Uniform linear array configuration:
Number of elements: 24
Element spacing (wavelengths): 0.5
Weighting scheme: binomial
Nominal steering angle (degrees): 0
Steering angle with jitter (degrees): -0.2049
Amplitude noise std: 0.05
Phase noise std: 0.05

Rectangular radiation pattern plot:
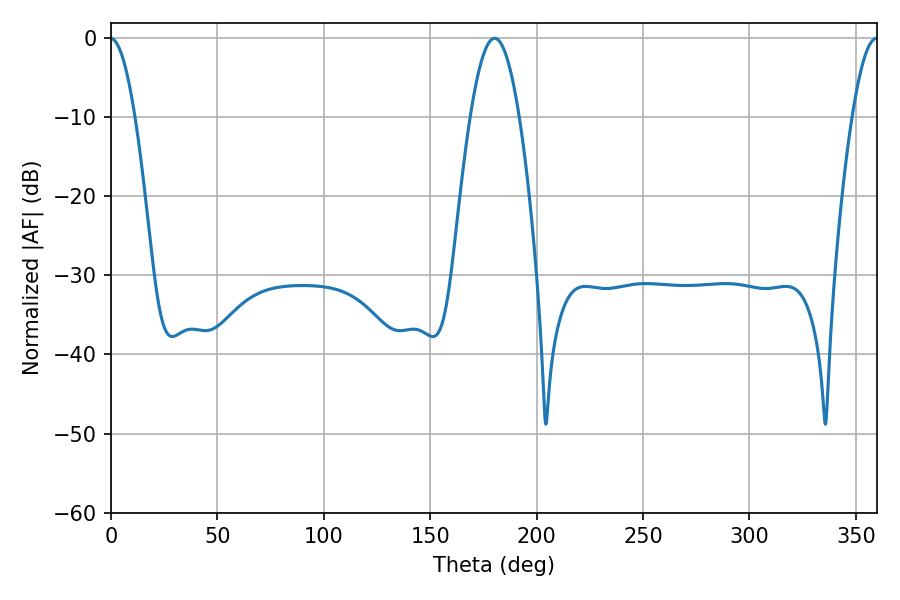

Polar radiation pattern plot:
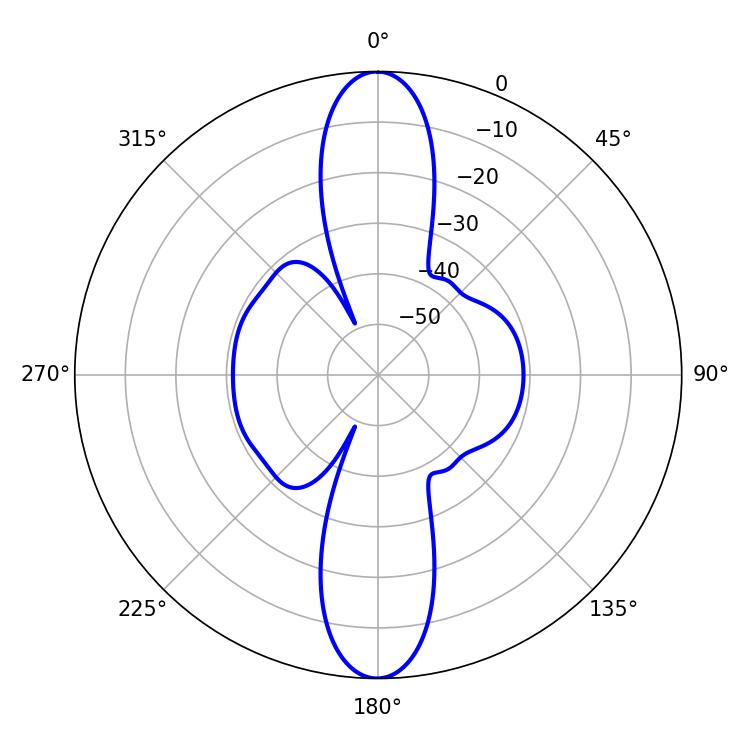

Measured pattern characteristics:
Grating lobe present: FALSE
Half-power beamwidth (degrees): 12.42
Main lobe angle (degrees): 180.18